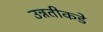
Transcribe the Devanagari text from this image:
उन्नतीकडे